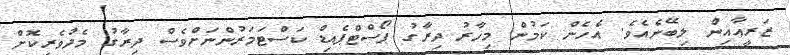
ޒަރީއާއިން ލިބޭނެއެވެ. އެހެން ކަމުން މިހާރު ދިރާގު ޕޯސްޓްޕެއިޑް ކަސްޓަމަރުންނަށްވެސް ދިރާގު މެދުވެރިކޮށް